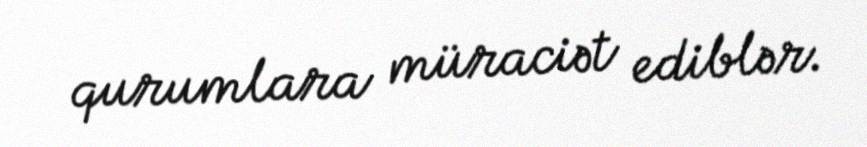
qurumlara müraciət ediblər.